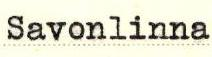
Savonlinna